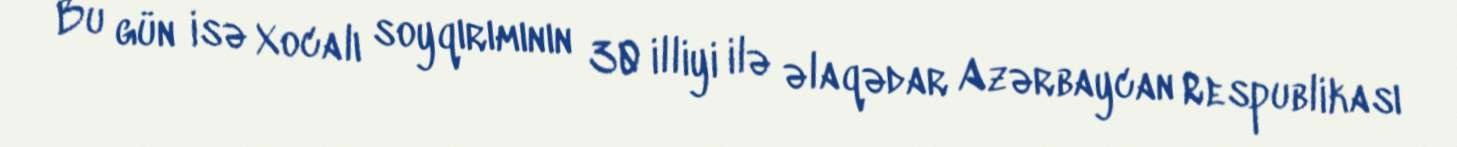
Bu gün isə Xocalı soyqırımının 30 illiyi ilə əlaqədar Azərbaycan Respublikası